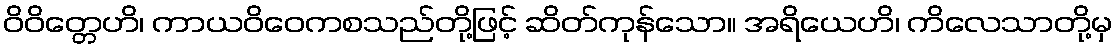
ဝိဝိတ္တေဟိ၊ ကာယဝိဝေကစသည်တို့ဖြင့် ဆိတ်ကုန်သော။ အရိယေဟိ၊ ကိလေသာတို့မှ